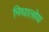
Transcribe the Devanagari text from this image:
निघालोय